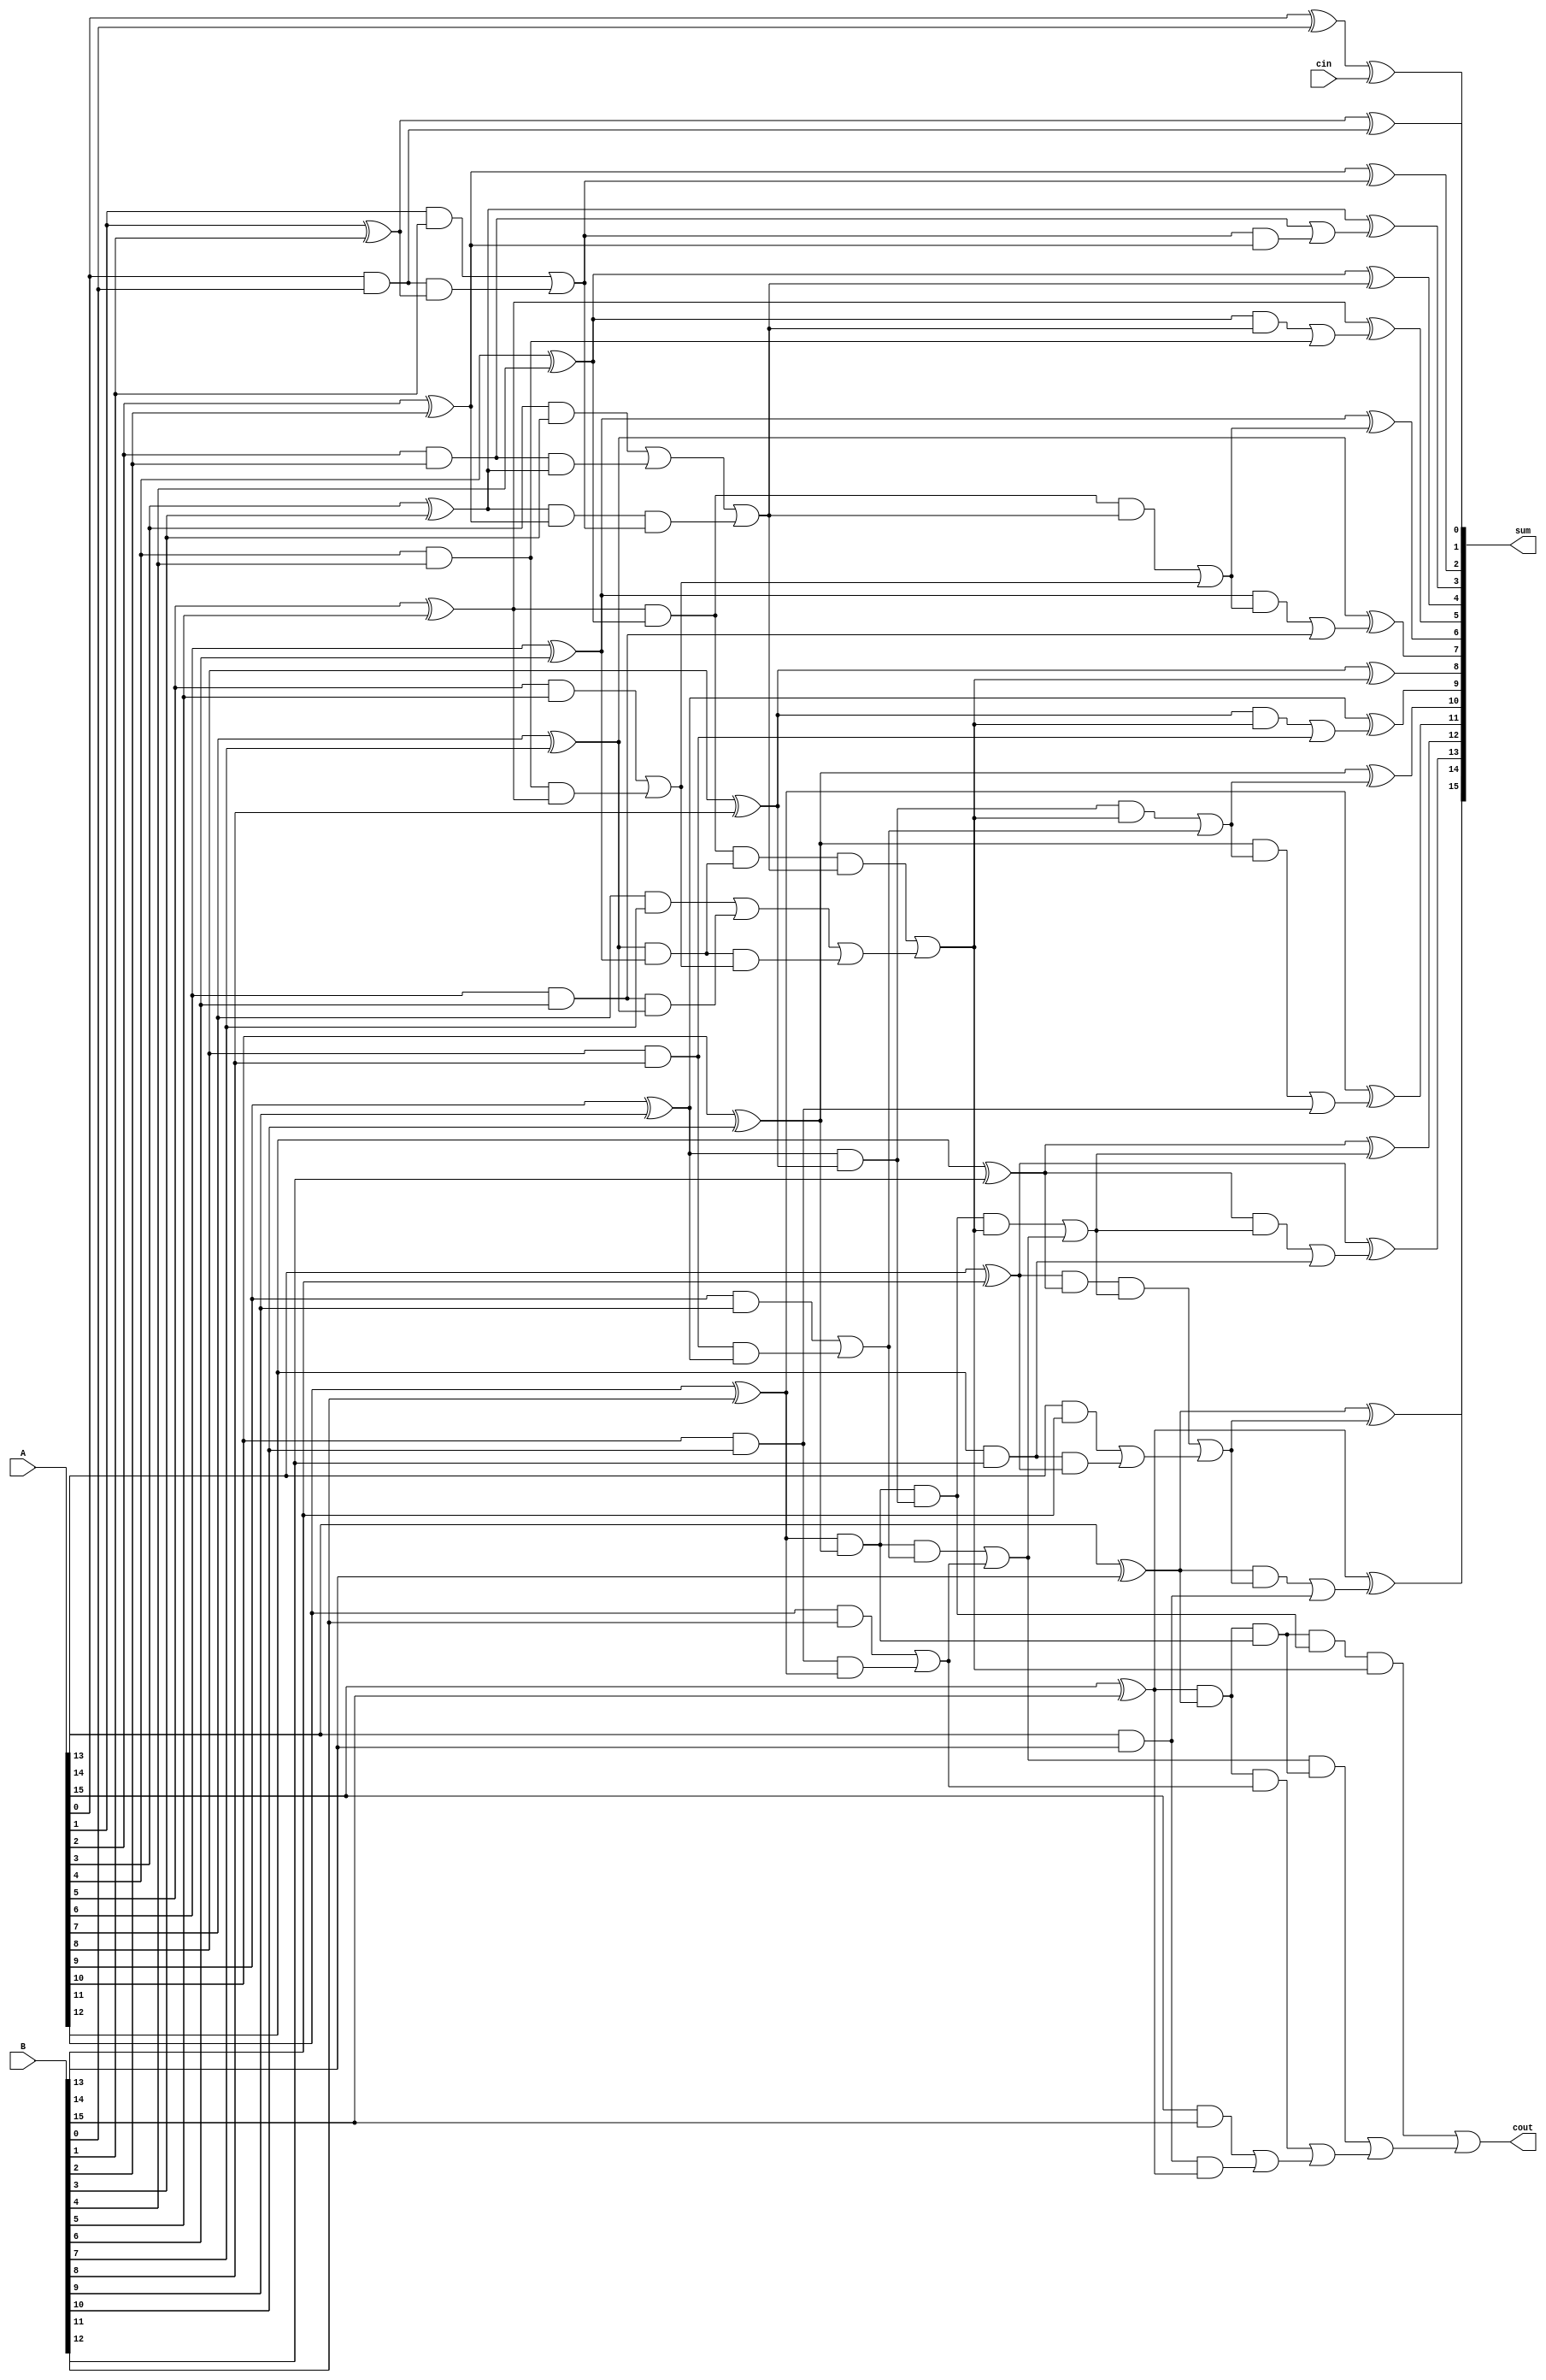
`timescale 1ns / 1ps
//////////////////////////////////////////////////////////////////////////////////
// Company: 
// Engineer: 
// 
// Design Name: 
// Module Name: bk32
// Project Name: 
// Target Devices: 
// Tool Versions: 
// Description: 
// 
// Dependencies: 
// 
// Revision:
// Revision 0.01 - File Created
// Additional Comments:
// 
//////////////////////////////////////////////////////////////////////////////////


module bk32(
    input [15:0] A,
    input [15:0] B,
    input cin,
    output [15:0] sum,
    output cout
    );
    
    wire [15:0] g,p,G,P;
    assign g[0]=A[0]&B[0];
    assign p[0]=A[0]^B[0];
    assign G[0]=g[0];
    assign P[0]=p[0];
    
    assign g[1]=A[1]&B[1];
    assign p[1]=A[1]^B[1];
    assign G[1]=g[1]|(g[0]&p[1]);
    assign P[1]=p[1]&p[0];
    
    assign g[2]=A[2]&B[2];
    assign p[2]=A[2]^B[2];
    assign G[2]=g[2];
    assign P[2]=p[2];
    
    assign g[3]=A[3]&B[3];
    assign p[3]=A[3]^B[3];
    assign G[3]=g[3]|(g[2]&p[3]);
    assign P[3]=p[3]&p[2];
    
    
    assign g[4]=A[4]&B[4];
    assign p[4]=A[4]^B[4];
    assign G[4]=g[4];
    assign P[4]=p[4];
    
    assign g[5]=A[5]&B[5];
    assign p[5]=A[5]^B[5];
    assign G[5]=g[5]|(g[4]&p[5]);
    assign P[5]=p[5]&p[4];
    
    
    assign g[6]=A[6]&B[6];
    assign p[6]=A[6]^B[6];
    assign G[6]=g[6];
    assign P[6]=p[6];
    
    assign g[7]=A[7]&B[7];
    assign p[7]=A[7]^B[7];
    assign G[7]=g[7]|(g[6]&p[7]);
    assign P[7]=p[7]&p[6];
    
    
    assign g[8]=A[8]&B[8];
    assign p[8]=A[8]^B[8];
    assign G[8]=g[8];
    assign P[8]=p[8];
    
    assign g[9]=A[9]&B[9];
    assign p[9]=A[9]^B[9];
    assign G[9]=g[9]|(g[8]&p[9]);
    assign P[9]=p[9]&p[8];
    
    
    assign g[10]=A[10]&B[10];
    assign p[10]=A[10]^B[10];
    assign G[10]=g[10];
    assign P[10]=p[10];
    
    assign g[11]=A[11]&B[11];
    assign p[11]=A[11]^B[11];
    assign G[11]=g[11]|(g[10]&p[11]);
    assign P[11]=p[11]&p[10];
    
    
    assign g[12]=A[12]&B[12];
    assign p[12]=A[12]^B[12];
    assign G[12]=g[12];
    assign P[12]=p[12];
    
    assign g[13]=A[13]&B[13];
    assign p[13]=A[13]^B[13];
    assign G[13]=g[13]|(g[12]&p[13]);
    assign P[13]=p[13]&p[12];
    
    assign g[14]=A[14]&B[14];
    assign p[14]=A[14]^B[14];
    assign G[14]=g[14];
    assign P[14]=p[14];
    
    assign g[15]=A[15]&B[15];
    assign p[15]=A[15]^B[15];
    assign G[15]=g[15]|(g[14]&p[15]);
    assign P[15]=p[15]&p[14];

    
    wire [3:0]m,n;
    wire fp,fg;
    wire eg,ep;
    wire rg,rp;
    wire jg,jp;
    wire hg,hp;
    wire dg,dp;
    wire qg,qp;
    wire tg,tp;
    wire vg,vp;
    wire ug,up;
    wire yg,yp;
    wire sg,sp;
    wire lg,lp;
    wire xg,xp;
    wire mg,mp;
    wire ig,ip;
    assign ig=mp&hg|mg;
    assign ip=mp&hp;
    
    assign mg=vg&xp|xg;
    assign mp=xp&vp;
    
    assign xg=P[15]&G[11]|G[15];
    assign xp=P[15]&P[11];
    
    assign lg=P[14]&sg|G[14];
    assign lp=P[14]&sp;
    
    assign sg=P[13]&ug|G[13];
    assign sp=P[13]&up;
    
    assign yg=P[12]&ug|G[12];
    assign yp=P[12]&up;
    
    assign ug=vp&hg|vg;
    assign up=vp&hp;
    
    assign vg=P[11]&G[9]|G[11];
    assign vp=P[11]&P[9];
    
    assign tg=P[10]&qg|G[10];
    assign tp=P[10]&qp;
    
    assign qg=P[9]&hg|G[9];
    assign qp=P[9]&hp;
    
    assign dg=P[8]&hg|G[8];
    assign dp=P[8]&hp;
    
    assign hg= n[1]&m[0]|m[1];
    assign hp=n[0]&n[1];
    
    assign jg=P[6]&rg|G[6];
    assign jp=P[6]&rp;
    
    assign rg=P[5]&m[0]|G[5];
    assign rp=P[5]&n[0];
    
    assign eg=P[4]&m[0]|G[4];
    assign ep=P[4]&n[0];
    
    assign fg=G[2]|G[1]&P[2];
    assign fp=P[1]&P[2];
    
    assign m[0]=G[3]|(P[3]&G[1]);
    assign n[0]=P[1]&P[3];
    
    assign m[1]=G[7]|(P[7]&G[5]);
    assign n[1]=P[5]&P[7];
    
    assign m[3]=G[15]|(P[15]&G[13]);
    assign n[3]=P[13]&P[15];
    
    assign sum[0]=p[0]^cin;
    assign sum[1]=p[1]^G[0];
    assign sum[2]=p[2]^G[1];
    assign sum[3]=p[3]^fg;
    assign sum[4]=p[4]^m[0];
    assign sum[5]=p[5]^eg;
    assign sum[6]=p[6]^rg;
    assign sum[7]=p[7]^jg;
    assign sum[8]=p[8]^hg;
    assign sum[9]=p[9]^dg;
    assign sum[10]=p[10]^qg;
    assign sum[11]=p[11]^tg;
    assign sum[12]=p[12]^ug;
    assign sum[13]=p[13]^yg;
    assign sum[14]=p[14]^sg;
    assign sum[15]=p[15]^lg;
    assign cout=ig;
    

    endmodule